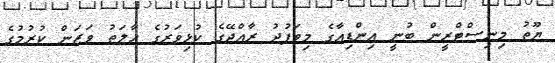
ޔޫތު މިނިސްޓްރީން ބުނީ އިންޑިއާގެ މިވަފުދު ރާއްޖޭގެ ކުޅިވަރުގެ ހާލަތު ވަޒަން ކުުރުމުގެ